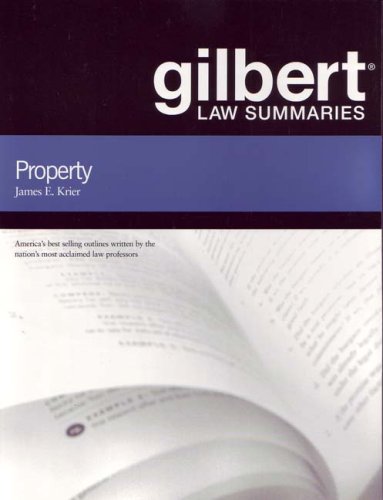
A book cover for Gilbert Law Summaries on Property, 17th; James Krier; Law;